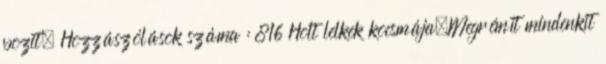
pozit, Hozzászólások száma : 816 Holt lelkek kocsmája.Megrémít mindenkit